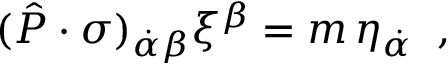
( \hat { P } \cdot \sigma ) _ { \dot { \alpha } \beta } \xi ^ { \beta } = m \, \eta _ { \dot { \alpha } } \; \; ,